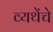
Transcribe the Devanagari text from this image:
व्यथेंचे